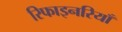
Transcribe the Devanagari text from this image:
रिफाइनरियाँ